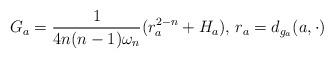
LaTeX: \begin{align*}G_{ a }=\frac{1}{4n(n-1)\omega _{n}}(r_{a}^{2-n}+H_{ a }), \, r_{ a }=d_{g_{a}}(a, \cdot)\end{align*}